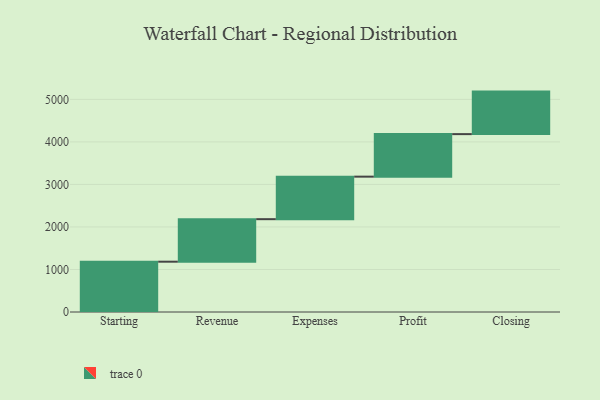
{"axis": {"x": "Step", "y": "Value"}, "legend": [""], "data": [{"x": "Starting", "y": 1183.0, "type": ""}, {"x": "Revenue", "y": 1000, "type": ""}, {"x": "Expenses", "y": 1000, "type": ""}, {"x": "Profit", "y": 1000, "type": ""}, {"x": "Closing", "y": 1000, "type": ""}]}